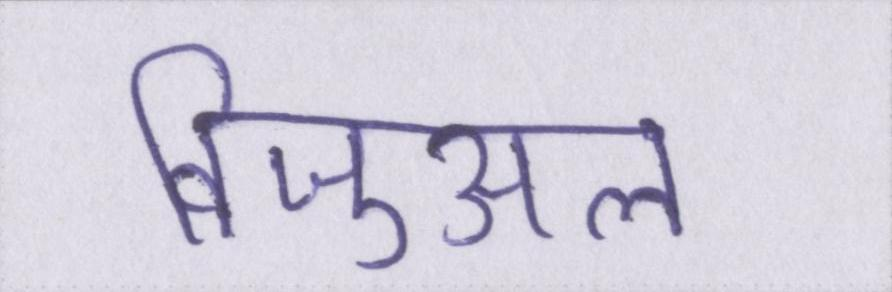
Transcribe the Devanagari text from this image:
विजुअल